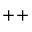
\mathrel { + { + } }